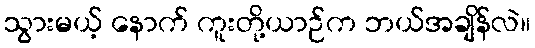
သွားမယ့် နောက် ကူးတို့ယာဉ်က ဘယ်အချိန်လဲ။